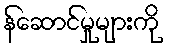
န်ဆောင်မှုများကို